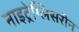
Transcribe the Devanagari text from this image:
नाइट्रेग्लिसरीन